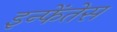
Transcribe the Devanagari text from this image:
इन्फेंतेस